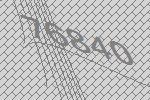
76840